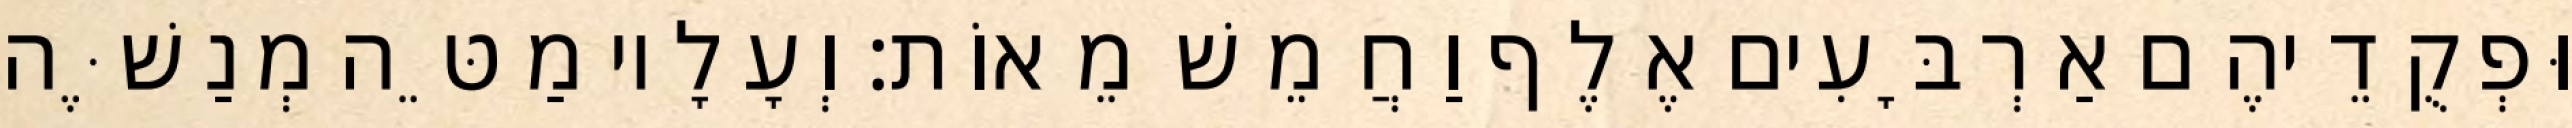
וּפְקֻדֵיהֶם אַרְבָּעִים אֶלֶף וַחֲמֵשׁ מֵאוֹת׃ וְעָלָיו מַטֵּה מְנַשֶּׁה